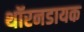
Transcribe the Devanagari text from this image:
थॉरनडायक